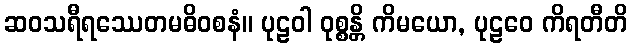
ဆဝသရီရဿေတမဓိဝစနံ။ ပုဠဝါ ဝုစ္စန္တိ ကိမယော, ပုဠဝေ ကိရတီတိ